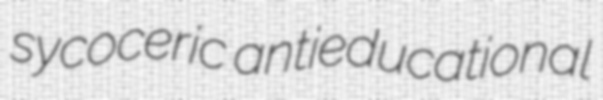
sycoceric antieducational